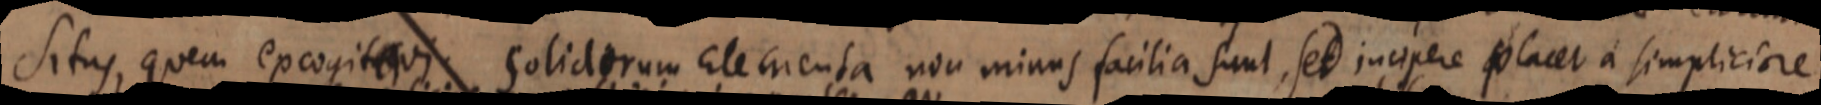
Situs, quem excogitavi solidarum Elementa non minas facilia sunt, sed inapere placet a simpliciore